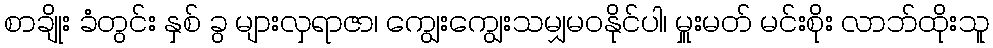
စာချိုး ခံတွင်း နှစ် ခွ များလှရာဇာ၊ ကျွေးကျွေးသမျှမဝနိုင်ပါ၊ မှူးမတ် မင်းစိုး လာဘ်ထိုးသူ